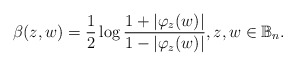
\begin{align*} \beta(z,w)= \dfrac{1}{2} \log \dfrac{1+|\varphi_z(w)|}{1-|\varphi_z(w)|}, z,w\in \mathbb{B}_n.\end{align*}